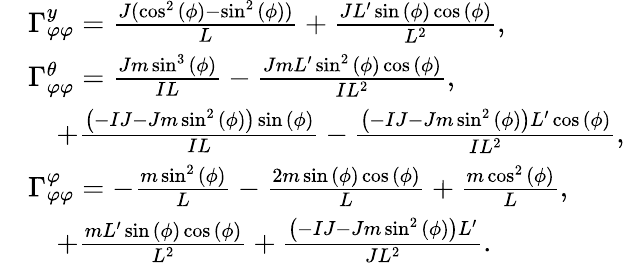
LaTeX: \begin{array}{rl}&{\Gamma_{\varphi\varphi}^{y}=\frac{J(\cos^{2}{\left(\phi\right)}-\sin^{2}{\left(\phi\right)})}{L}+\frac{JL^{\prime}\sin{\left(\phi\right)}\cos{\left(\phi\right)}}{L^{2}},}\\ &{\Gamma_{\varphi\varphi}^{\theta}=\frac{Jm\sin^{3}{\left(\phi\right)}}{IL}-\frac{JmL^{\prime}\sin^{2}{\left(\phi\right)}\cos{\left(\phi\right)}}{IL^{2}},}\\ &{\quad+\frac{\left(-IJ-Jm\sin^{2}{\left(\phi\right)}\right)\sin{\left(\phi\right)}}{IL}-\frac{\left(-IJ-Jm\sin^{2}{\left(\phi\right)}\right)L^{\prime}\cos{\left(\phi\right)}}{IL^{2}},}\\ &{\Gamma_{\varphi\varphi}^{\varphi}=-\frac{m\sin^{2}{\left(\phi\right)}}{L}-\frac{2m\sin{\left(\phi\right)}\cos{\left(\phi\right)}}{L}+\frac{m\cos^{2}{\left(\phi\right)}}{L},}\\ &{\quad+\frac{mL^{\prime}\sin{\left(\phi\right)}\cos{\left(\phi\right)}}{L^{2}}+\frac{\left(-IJ-Jm\sin^{2}{\left(\phi\right)}\right)L^{\prime}}{JL^{2}}.}\end{array}